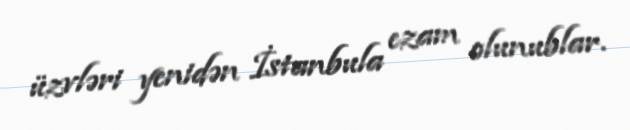
üzvləri yenidən İstanbula ezam olunublar.